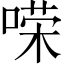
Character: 𱓲